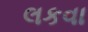
લકવા